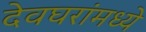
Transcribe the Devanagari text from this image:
देवघरांमध्ये